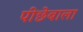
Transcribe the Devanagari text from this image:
पीछेबाला